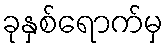
ခုနှစ်ရောက်မှ